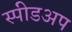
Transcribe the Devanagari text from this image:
स्पीडअप